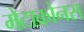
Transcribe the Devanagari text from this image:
मेटाक्रोनस